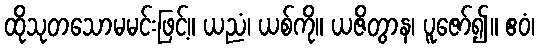
ထိုသုတသောမမင်းဖြင့်။ ယညံ၊ ယစ်ကို။ ယဇိတွာန၊ ပူဇော်၍။ ဧဝံ၊